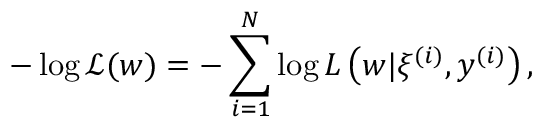
- \log \mathcal { L } ( w ) = - \sum _ { i = 1 } ^ { N } \log L \left( w | \xi ^ { ( i ) } , y ^ { ( i ) } \right) ,